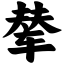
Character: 辇